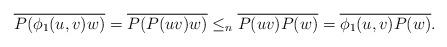
LaTeX: \begin{align*}\overline{P(\phi_1(u,v) w) } = \overline{ P( P(uv) w)} \leq_n \overline{ P(uv) P(w)} =\overline{ \phi_1(u,v) P(w)}.\end{align*}